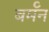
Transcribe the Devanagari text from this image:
बर्मॅन